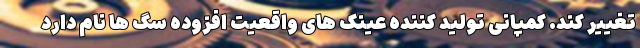
تغییر کند. کمپانی تولید کننده عینک های واقعیت افزوده سگ ها نام دارد